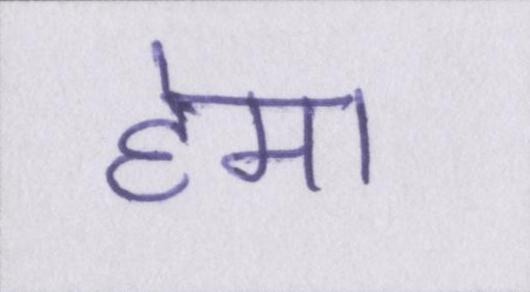
हेमा